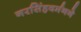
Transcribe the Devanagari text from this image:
नरसिंहवर्मनने